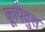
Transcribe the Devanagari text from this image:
कूपिदुस